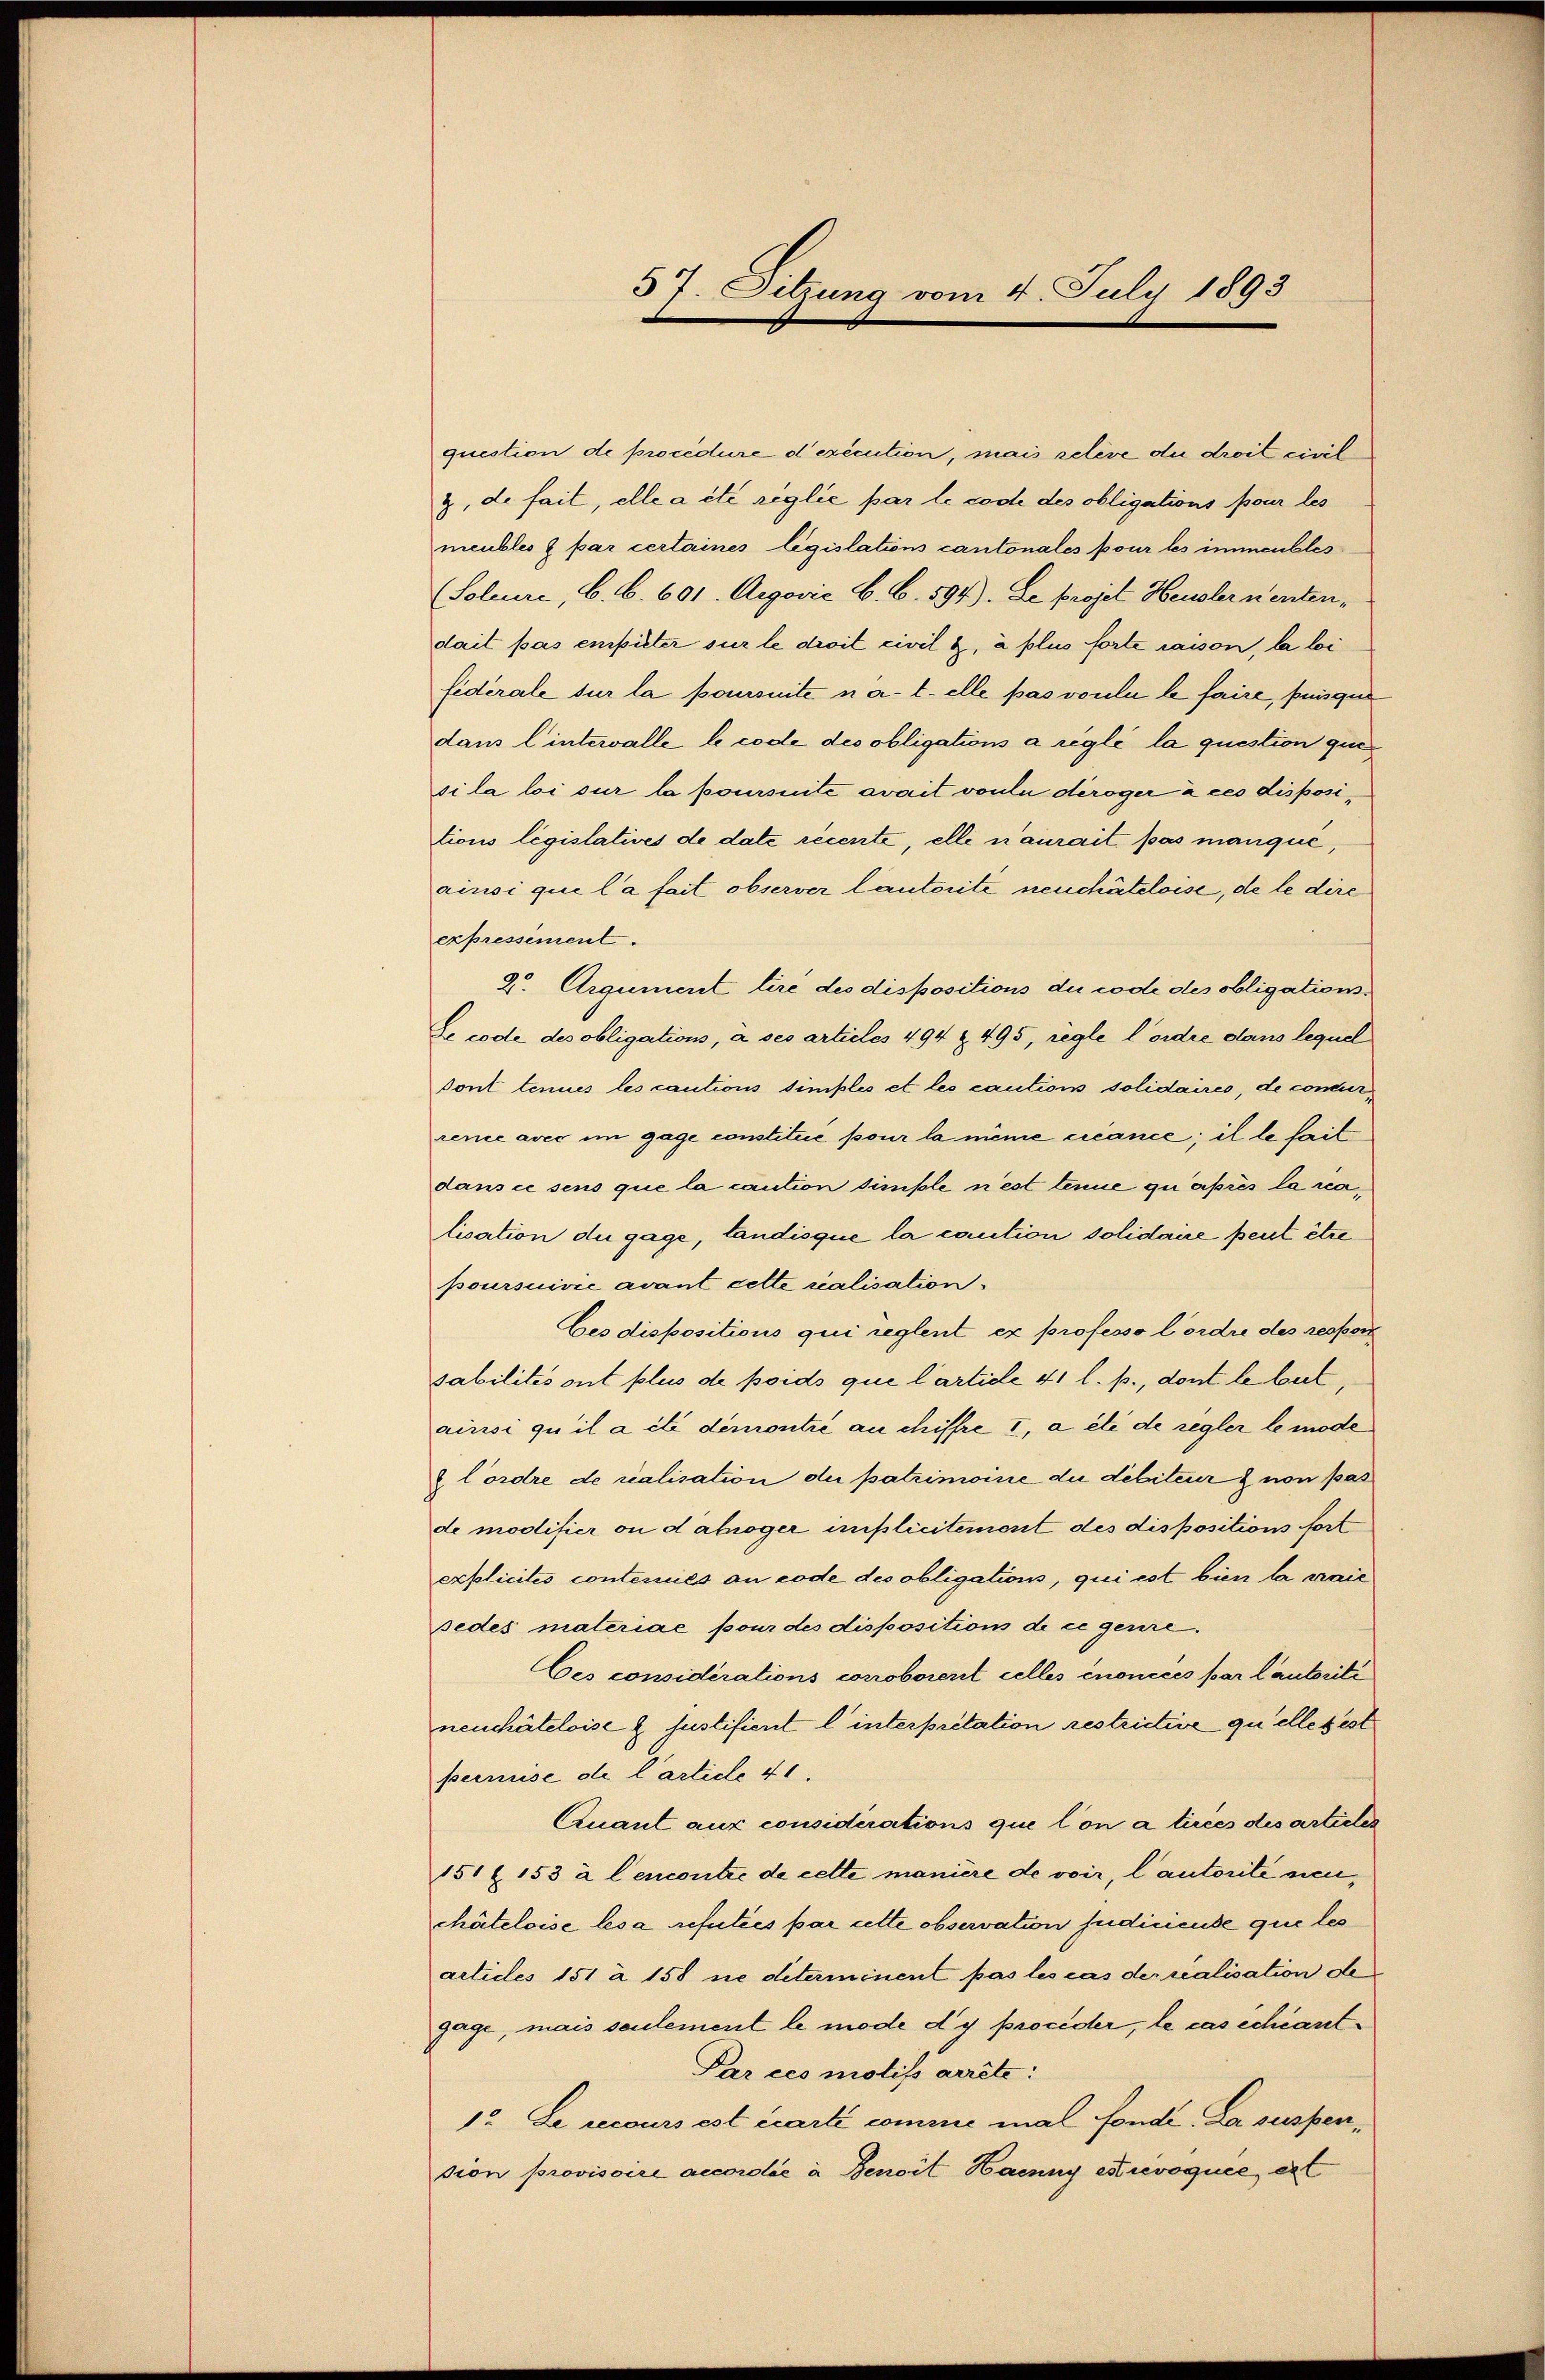
37. Sitzung vom 4. July 1893

question de procédure d’exécution, mais releve du droit civil
z, de fail, elle a été reglie par le code des obligations pour les
meubles & par certaines législations cantonales pour les immeubles
(Soleure, b. S. 601. Argović B. C. 594). Le projet Heuslernentendait pas empirter sur le droit civil &, à plus forte raison, la loi
fiderale sur la poursuite u a. telle pas voulu le faire, puisqui
dans l’interalle le code des obligations à réglé la question que
sila loi sur la poursuite avait voulu deroger à ces dispositions législatives de date récente, elle n’aurait pas manque,
ainsi que l’a fait observer lautorité neuchâteloise, de le dire
expressement.
2. Argument tiré des dispositions du code des obligations.
Le code des obligations, à ses articles 494 Z. 495, regle l’ordre dans lequel
dont tenues les cautions simples et les cautions solidaires, de concur
rence avec im gage constitue pour la même créance; il le fait
dans ce sens que la caution simple n’est tenue qu’après la ralication du gage, tandisque la caution solidaire peut être
poursuivie avant cette realisation.
bes dispositions qui reglent ex professo l’ordre des responsabilités ont plus de poids que l’article 41 l. p., dont le beit,
ainsi qu’il a été demontie au chiffre I, a été de regler le mode
 Cordre de realisation de patrimoine du débiteur & non pas
de modifier ou dahioger unplicitement des dispositions fort
explicites contenues au code des obligations, qui est bien la craić
sedes materiae pour des dispositions de ce gerire.
Des considérations conoborent celles énoncées par lautorité
neuchâteloise z. Justifiert l. interpretation restrictive quelle fest
pernuse de l’article 41.
Quant aux considérations que l’on a tirées des articles
151 Z 153 à l’encontre de cette manière de voir, l’autorité neuchâteloise les a refutées par cette observation judicieuse que les
artides 151 à 158 ne determinent pas les cas der realisation de
gage, mais seulement le mode d’y procider, le cas échéant¬
Par ces motifs arrête:
1. Le recours est écarti comme mal fonde. La suspension provisoire accorolie à Benoit Haenny est revoquée ext